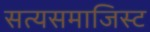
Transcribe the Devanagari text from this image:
सत्यसमाजिस्ट